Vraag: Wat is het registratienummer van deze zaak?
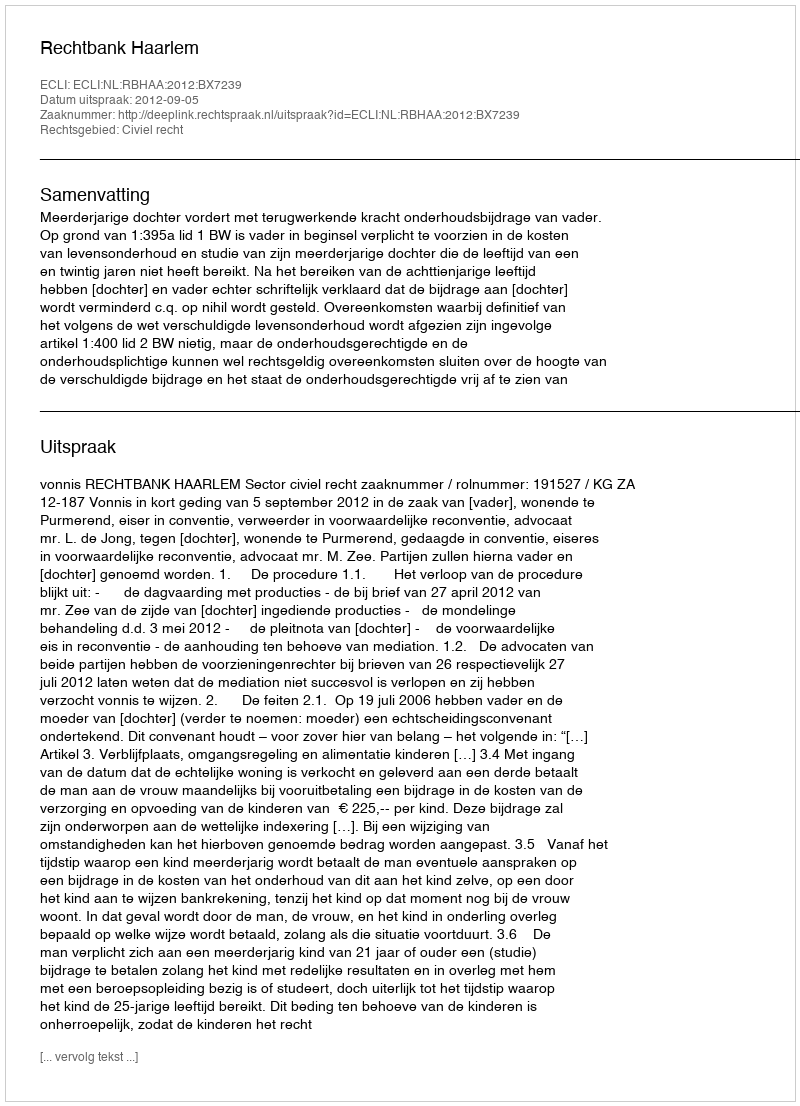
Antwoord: http://deeplink.rechtspraak.nl/uitspraak?id=ECLI:NL:RBHAA:2012:BX7239